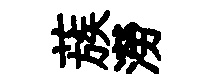
蔟澇